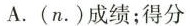
A.(n.)成绩;得分